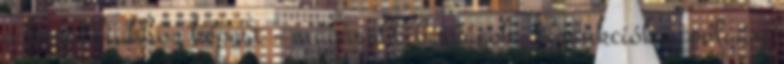
a korábbiakhoz képest - magasabb bírságok. Szankciók a polgári